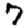
Digit: 7